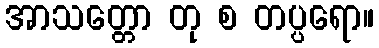
အာသတ္တော တု စ တပ္ပရော။